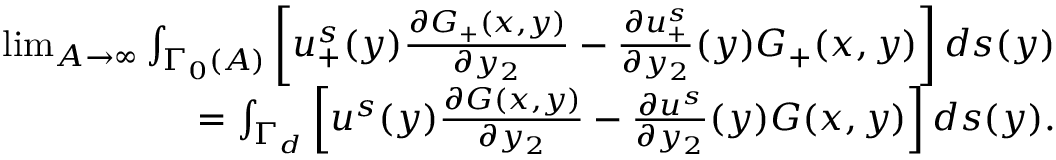
\begin{array} { r } { \operatorname* { l i m } _ { A \to \infty } \int _ { \Gamma _ { 0 } ( A ) } \left[ u _ { + } ^ { s } ( y ) \frac { \partial G _ { + } ( x , y ) } { \partial y _ { 2 } } - \frac { \partial u _ { + } ^ { s } } { \partial y _ { 2 } } ( y ) G _ { + } ( x , y ) \right] d s ( y ) } \\ { = \int _ { \Gamma _ { d } } \left[ u ^ { s } ( y ) \frac { \partial G ( x , y ) } { \partial y _ { 2 } } - \frac { \partial u ^ { s } } { \partial y _ { 2 } } ( y ) G ( x , y ) \right] d s ( y ) . } \end{array}